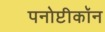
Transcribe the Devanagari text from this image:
पनोप्टीकॉन